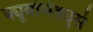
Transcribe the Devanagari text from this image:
क्यूबोमेड्युसे